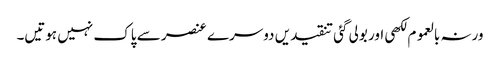
ورنہ بالعموم لکھی اور بولی گئی تنقیدیں دوسرے عنصر سے پاک نہیں ہوتیں۔